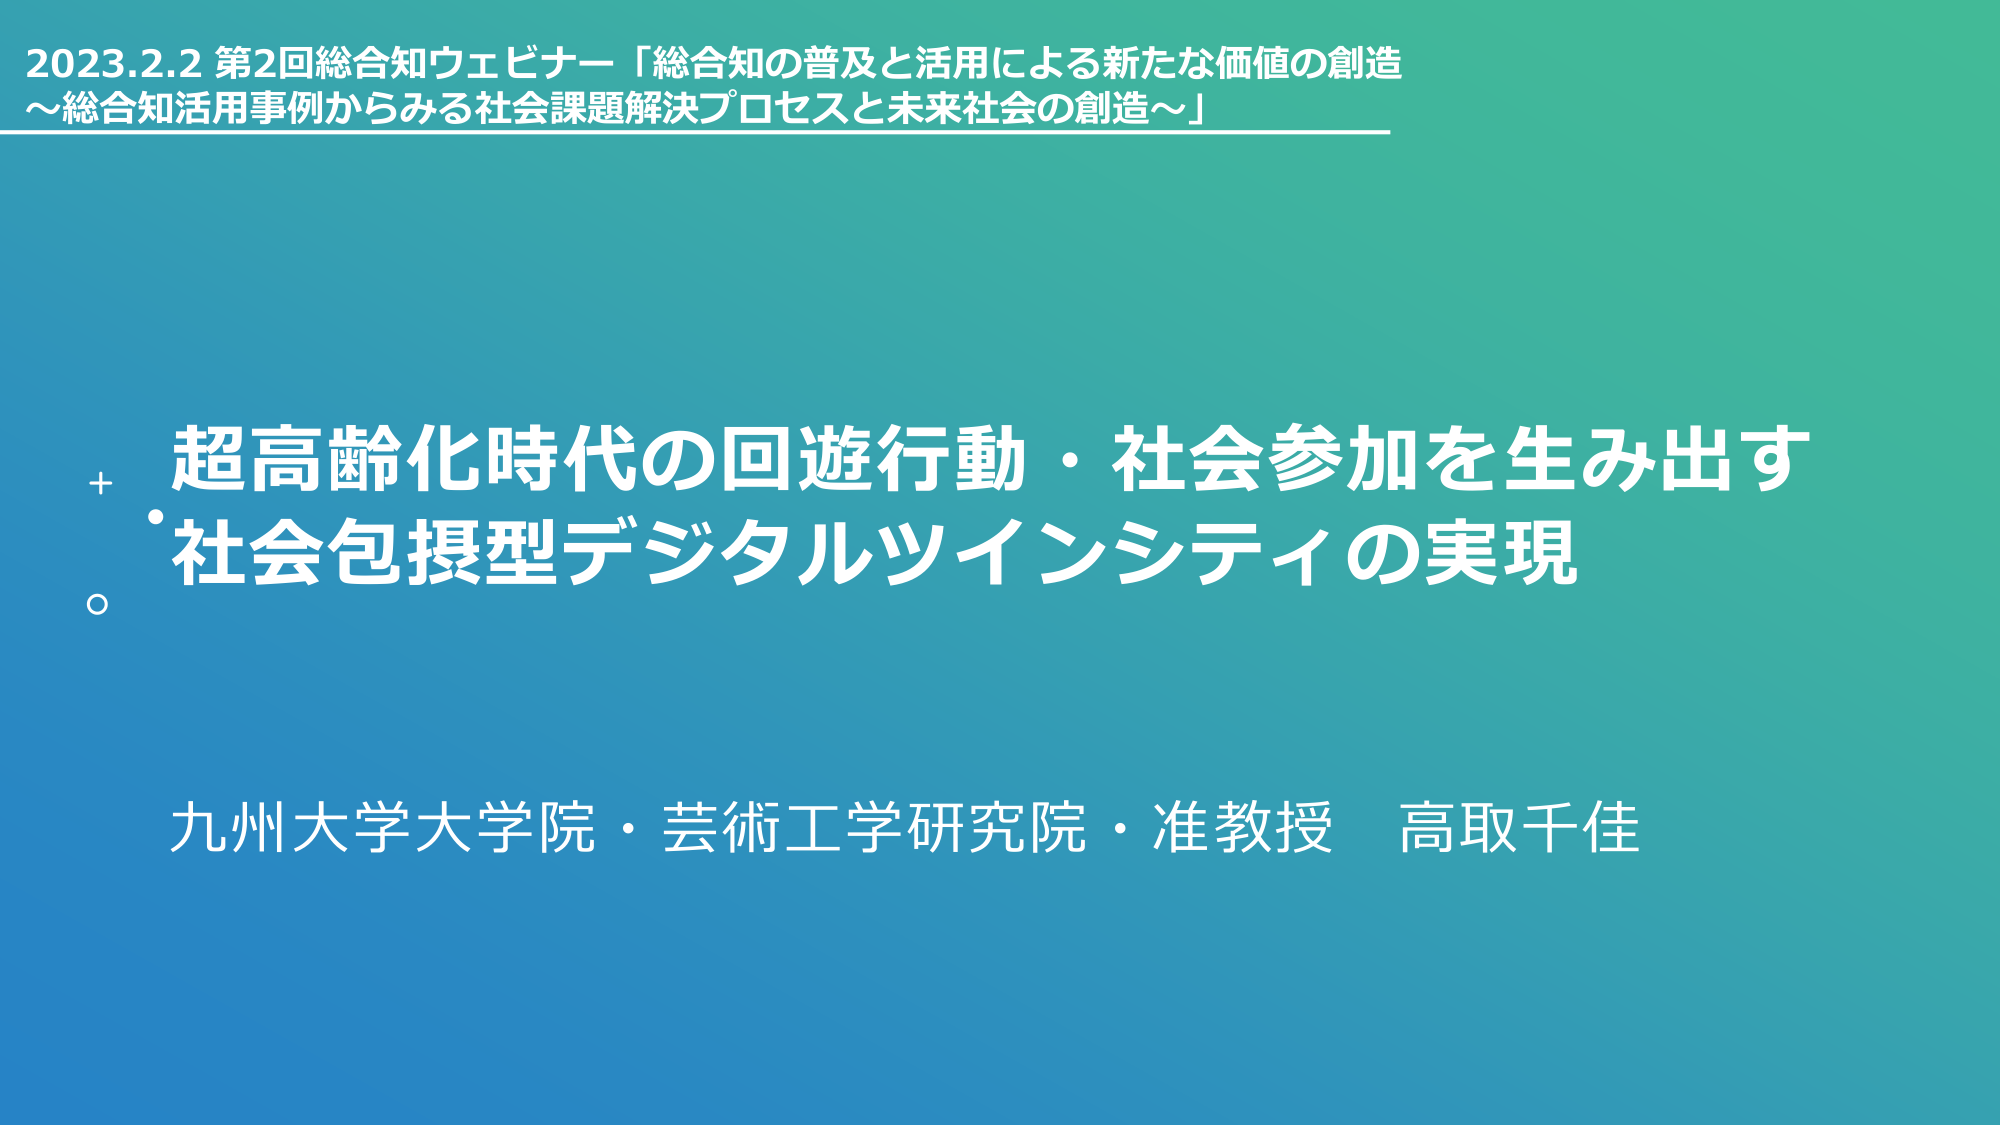
2023.2.2 第2回総合知ウェビナー「総合知の普及と活用による新たな価値の創造
～総合知活用事例からみる社会課題解決プロセスと未来社会の創造～」

超高齢化時代の回遊行動・社会参加を生み出す
社会包摂型デジタルツインシティの実現

九州大学大学院・芸術工学研究院・准教授 高取千佳